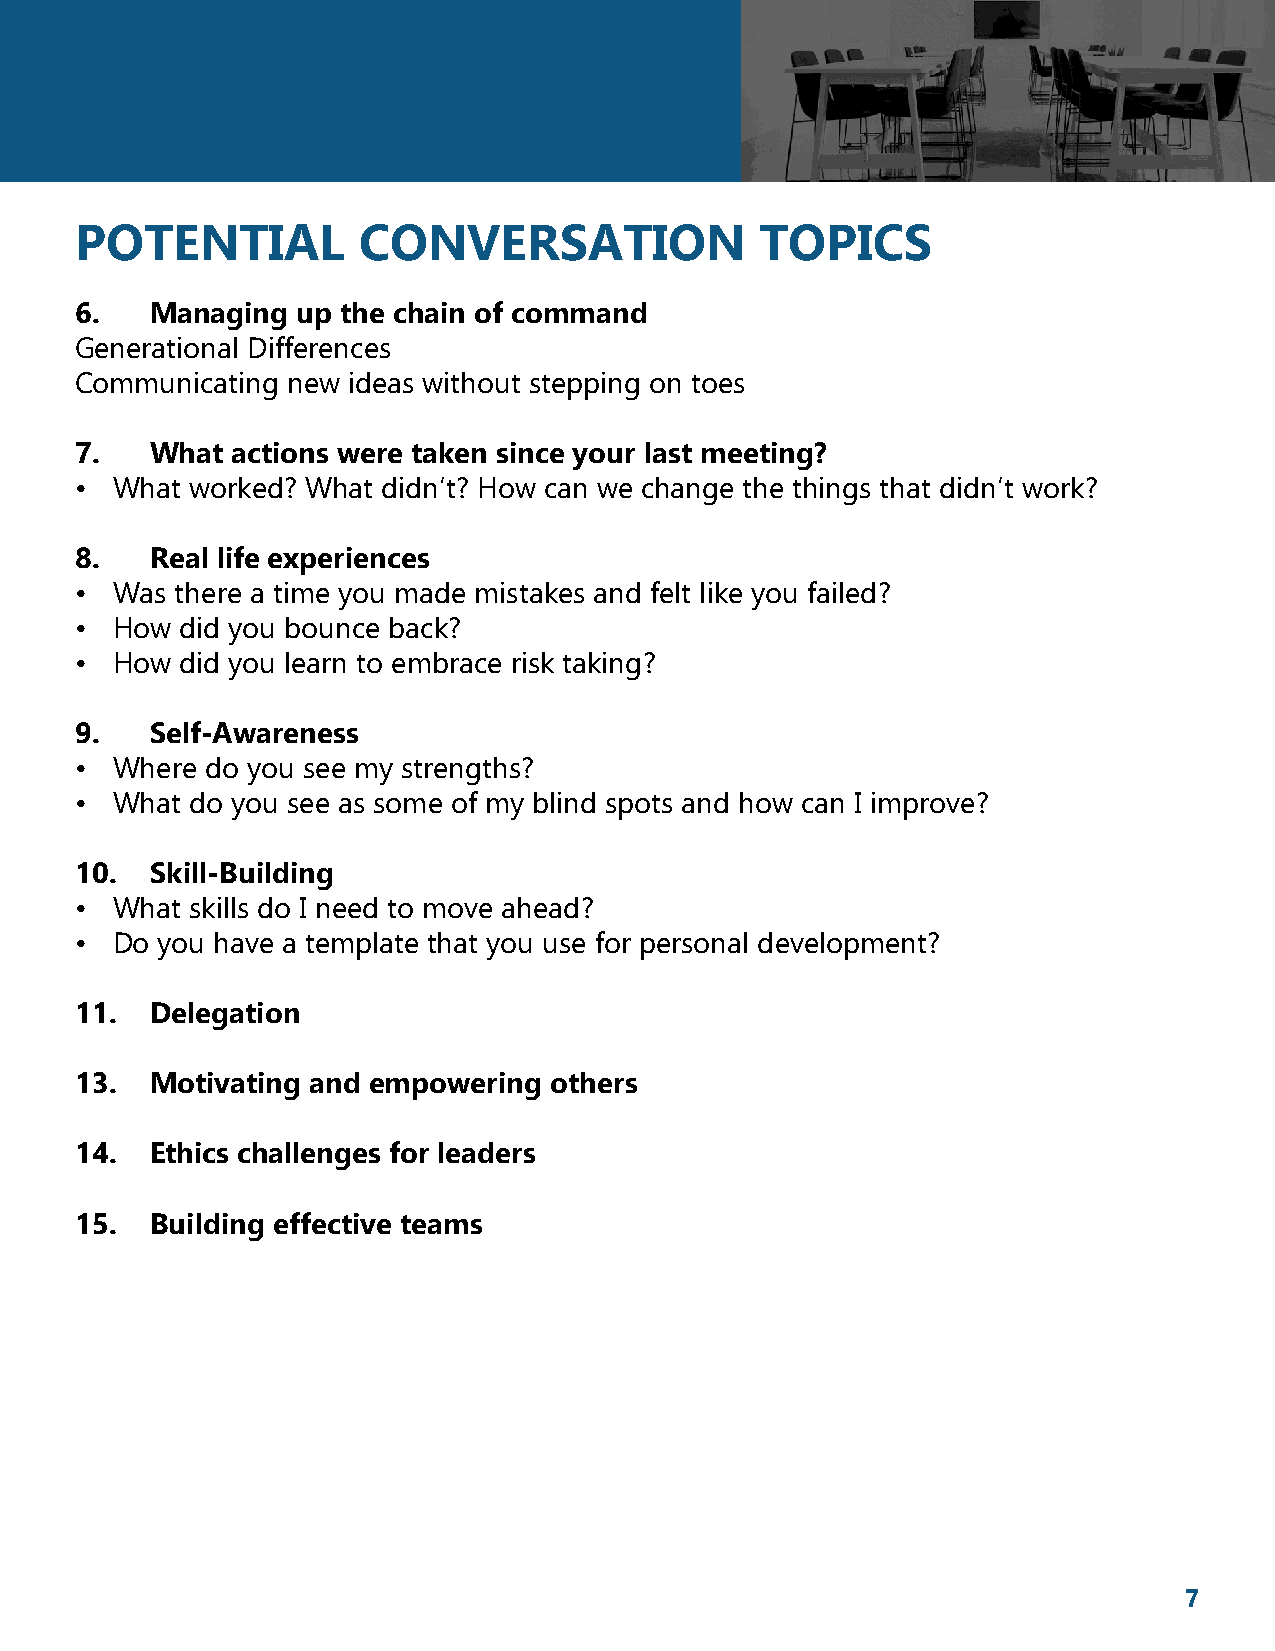
POTENTIAL          CONVERSATION              TOPICS
 6.   Managing  up the chain of command
 Generational Differences
 Communicating new ideas without stepping on toes
 7.   What actions were taken since your last meeting?
 • What  worked? What didn’t? How can we change the things that didn’t work?
 8.   Real life experiences
 • Was  there a time you made mistakes and felt like you failed?
 • How  did you bounce back?
 • How  did you learn to embrace risk taking?
 9.   Self-Awareness
 • Where  do you see my strengths?
 • What  do you see as some of my blind spots and how can I improve?
 10.  Skill-Building
 • What  skills do I need to move ahead?
 • Do you have a template that you use for personal development?
 11.  Delegation
 13.  Motivating and empowering others
 14.  Ethics challenges for leaders
 15.  Building effective teams
 7